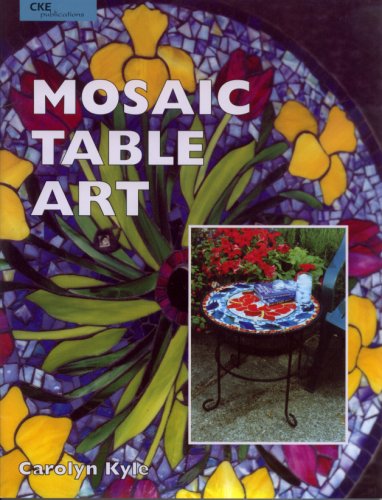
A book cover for Mosaic Table Art; Carolyn Kyle; Arts & Photography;